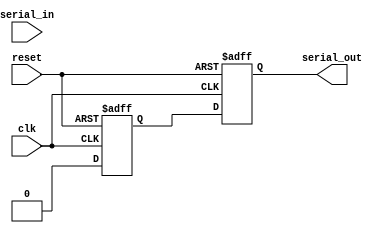
module PISO_shift_register (
  input wire clk,
  input wire reset,
  input wire [7:0] serial_in,
  output reg serial_out
);

  reg [7:0] register;

  always @(posedge clk or posedge reset) begin
    if (reset) begin
      register <= 8'b0;
      serial_out <= 1'b0;
    end else begin
      register <= serial_in;
      serial_out <= register[0];
      register <= {register[6:0], 1'b0};
    end
  end

endmodule